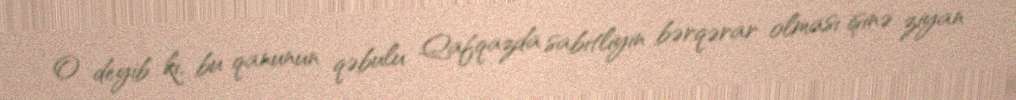
O deyib ki, bu qanunun qəbulu Qafqazda sabitliyin bərqərar olması işinə ziyan